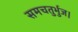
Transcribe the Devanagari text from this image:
समचतुर्भुज।